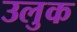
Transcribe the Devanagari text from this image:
उलुक